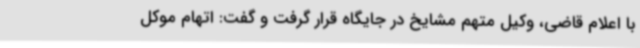
با اعلام قاضی، وکیل متهم مشایخ در جایگاه قرار گرفت و گفت: اتهام موکل